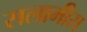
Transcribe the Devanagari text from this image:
सलामीस